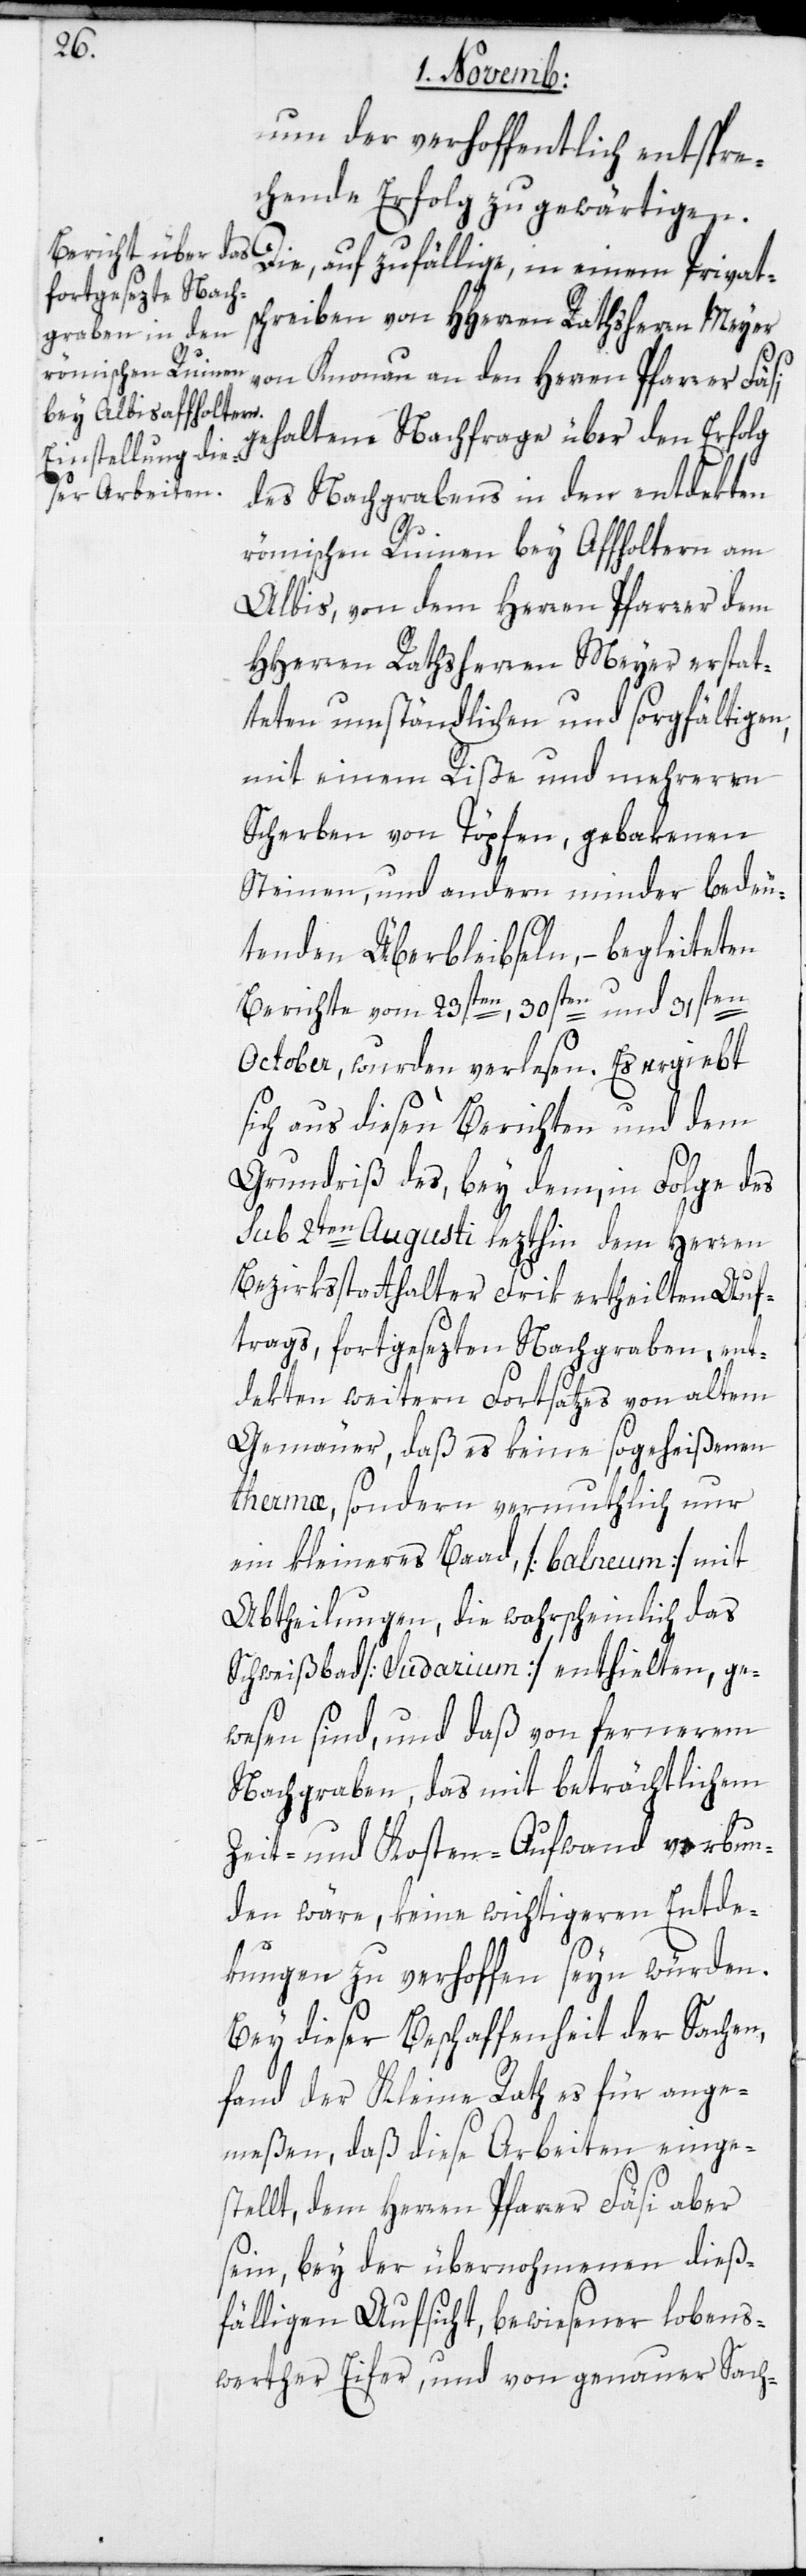
nun der verhoffentlich entspre¬
chende Erfolg zu gewärtigen.
Die, auf zufällige, in einem Privats¬
chreiben von HHerren Rathsherrn Meyer
von Knonau an den Herrn Pfarrer Fäs¬
gehaltene Nachfrage über den Erfolg
des Nachgrabens in der entdekten
römischen Ruinen bey Affoltern am
Albis, von dem Herren Pfarrer dem
HHerren Rathsherrn Meyer erstat¬
teten umständlichen und sorgfältigen,
mit einem Riße und mehreren
Scherben von Töpfen, gebakenen
Steinen und andern minder bedeu¬
tenden Überbleibseln, –begleiteten
Berichte vom 23sten, 30sten und 31sten
October, wurden verlesen. Es ergiebt
sich aus diesen Berichten und dem
i,
Grundriß des, bey dem in Folge des
sub 2ten Augusti lezthin dem Herren
Bezirksstathalter Frik ertheilten Auf¬
trags, fortgesezten Nachgraben, ent¬
dekten weitern Fortsatzes von altem
Gemäuer, daß es keine so geheißenen
Thermæ, sondern vermuthlich nur
ein kleineres Bad, [Balneum] mit
Abtheilungen, die wahrscheinlich das
Schweißbad [Sudarium] enthielten, ge¬
wesen sind, und daß von fernerem
Nachgraben, das mit beträchtlichem
Zeit- und Kosten-Aufwand verbun¬
den wäre, keine wichtigeren Entde¬
kungen zu verhoffen seyn würden.
Bei dieser Beschaffenheit der Sachen
fand der Kleine Rath es für ange¬
meßen, daß diese Arbeiten einge¬
stellt, dem Herren Pfarrer Fäsi aber
seyn, bey der übernohmenen dieß¬
fälligen Aufsicht bewiesener lobens¬
werther Eifer, und von genauer Sach-